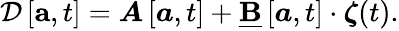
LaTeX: \begin{array}{r}{\begin{array}{r}{\mathcal{D}\left[\mathbf{a},t\right]=\boldsymbol{A}\left[\boldsymbol{a},t\right]+\underline{{\mathbf{B}}}\left[\boldsymbol{a},t\right]\cdot\boldsymbol{\zeta}(t).}\end{array}}\end{array}